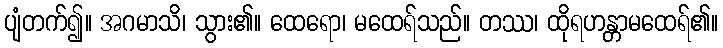
ပျံတက်၍။ အဂမာသိ၊ သွား၏။ ထေရော၊ မထေရ်သည်။ တဿ၊ ထိုရဟန္တာမထေရ်၏။